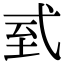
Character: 𢎆